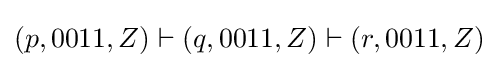
(p,0011,Z)\vdash (q,0011,Z)\vdash (r,0011,Z)